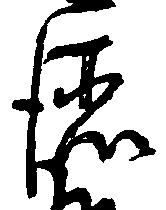
徳